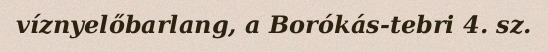
víznyelőbarlang, a Borókás-tebri 4. sz.